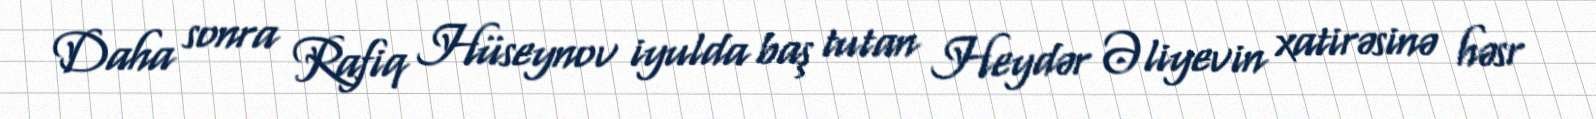
Daha sonra Rafiq Hüseynov iyulda baş tutan Heydər Əliyevin xatirəsinə həsr